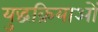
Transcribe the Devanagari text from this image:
युद्धक्रियाओं